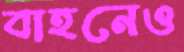
বাহনেও